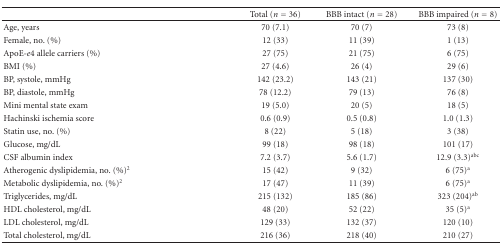
|  | Total (n = 36) | BBB intact (n = 28) | BBB impaired (n = 8) |
 | --- | --- | --- | --- |
 | Age, years | 70 (7.1) | 70 (7) | 73 (8) |
 | Female, no. (%) | 12 (33) | 11 (39) | 1 (13) |
 | ApoE-e4 allele carriers (%) | 27 (75) | 21 (75) | 6 (75) |
 | BMI (%) | 27 (4.6) | 26 (4) | 29 (6) |
 | BP, systole, mmHg | 142 (23.2) | 143 (21) | 137 (30) |
 | BP, diastole, mmHg | 78 (12.2) | 79 (13) | 76 (8) |
 | Mini mental state exam | 19 (5.0) | 20 (5) | 18 (5) |
 | Hachinski ischemia score | 0.6 (0.9) | 0.5 (0.8) | 1.0 (1.3) |
 | Statin use, no. (%) | 8 (22) | 5 (18) | 3 (38) |
 | Glucose, mg/dL | 99 (18) | 98 (18) | 101 (17) |
 | CSF albumin index | 7.2 (3.7) | 5.6 (1.7) | 12.9 (3.3)abc |
 | Atherogenic dyslipidemia, no. (%)2 | 15 (42) | 9 (32) | 6 (75)a |
 | Metabolic dyslipidemia, no. (%)2 | 17 (47) | 11 (39) | 6 (75)a |
 | Triglycerides, mg/dL | 215 (132) | 185 (86) | 323 (204)ab |
 | HDL cholesterol, mg/dL | 48 (20) | 52 (22) | 35 (5)a |
 | LDL cholesterol, mg/dL | 129 (33) | 132 (37) | 120 (10) |
 | Total cholesterol, mg/dL | 216 (36) | 218 (40) | 210 (27) |